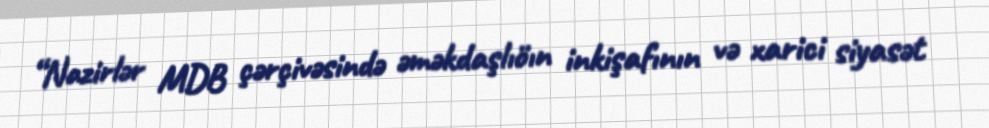
“Nazirlər MDB çərçivəsində əməkdaşlıöın inkişafının və xarici siyasət